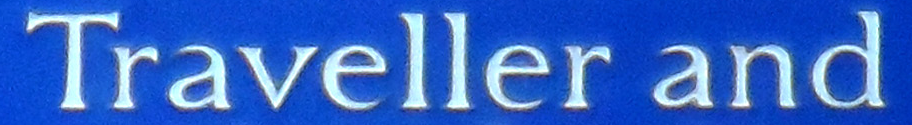
Traveller and